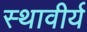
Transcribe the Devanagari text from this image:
स्थावीर्य